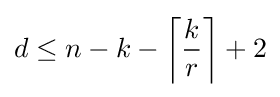
d\leq n-k-\left\lceil {\frac {k}{r}}\right\rceil +2